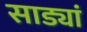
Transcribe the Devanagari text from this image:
साड्यां